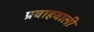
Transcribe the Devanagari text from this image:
प्रवाहवाली